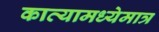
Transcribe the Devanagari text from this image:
काव्यामध्येमात्र